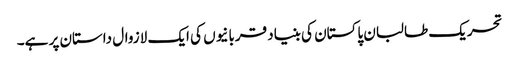
تحریک طالبان پاکستان کی بنیاد قربانیوں کی ایک لازوال داستان پر ہے۔